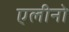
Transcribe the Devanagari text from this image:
एलीनो